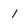
Character: 1